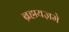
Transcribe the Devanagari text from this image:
ब्रह्मयज्ञमे